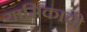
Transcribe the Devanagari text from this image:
यामिकाची